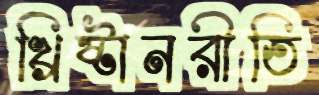
খ্রিষ্টানরীতি